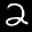
Label: 2